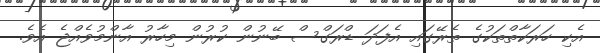
އެކި ހަރަކާތްތަކުގެ ތެރޭގައި އެފަދަ ޑްރަގްސް ބޭނުން ކުރުން މިހާރު އާންމުވެއްޖެ އެވެ.